NAE_ERA_R-1992_EV_Ehitusministeerium, lk 13
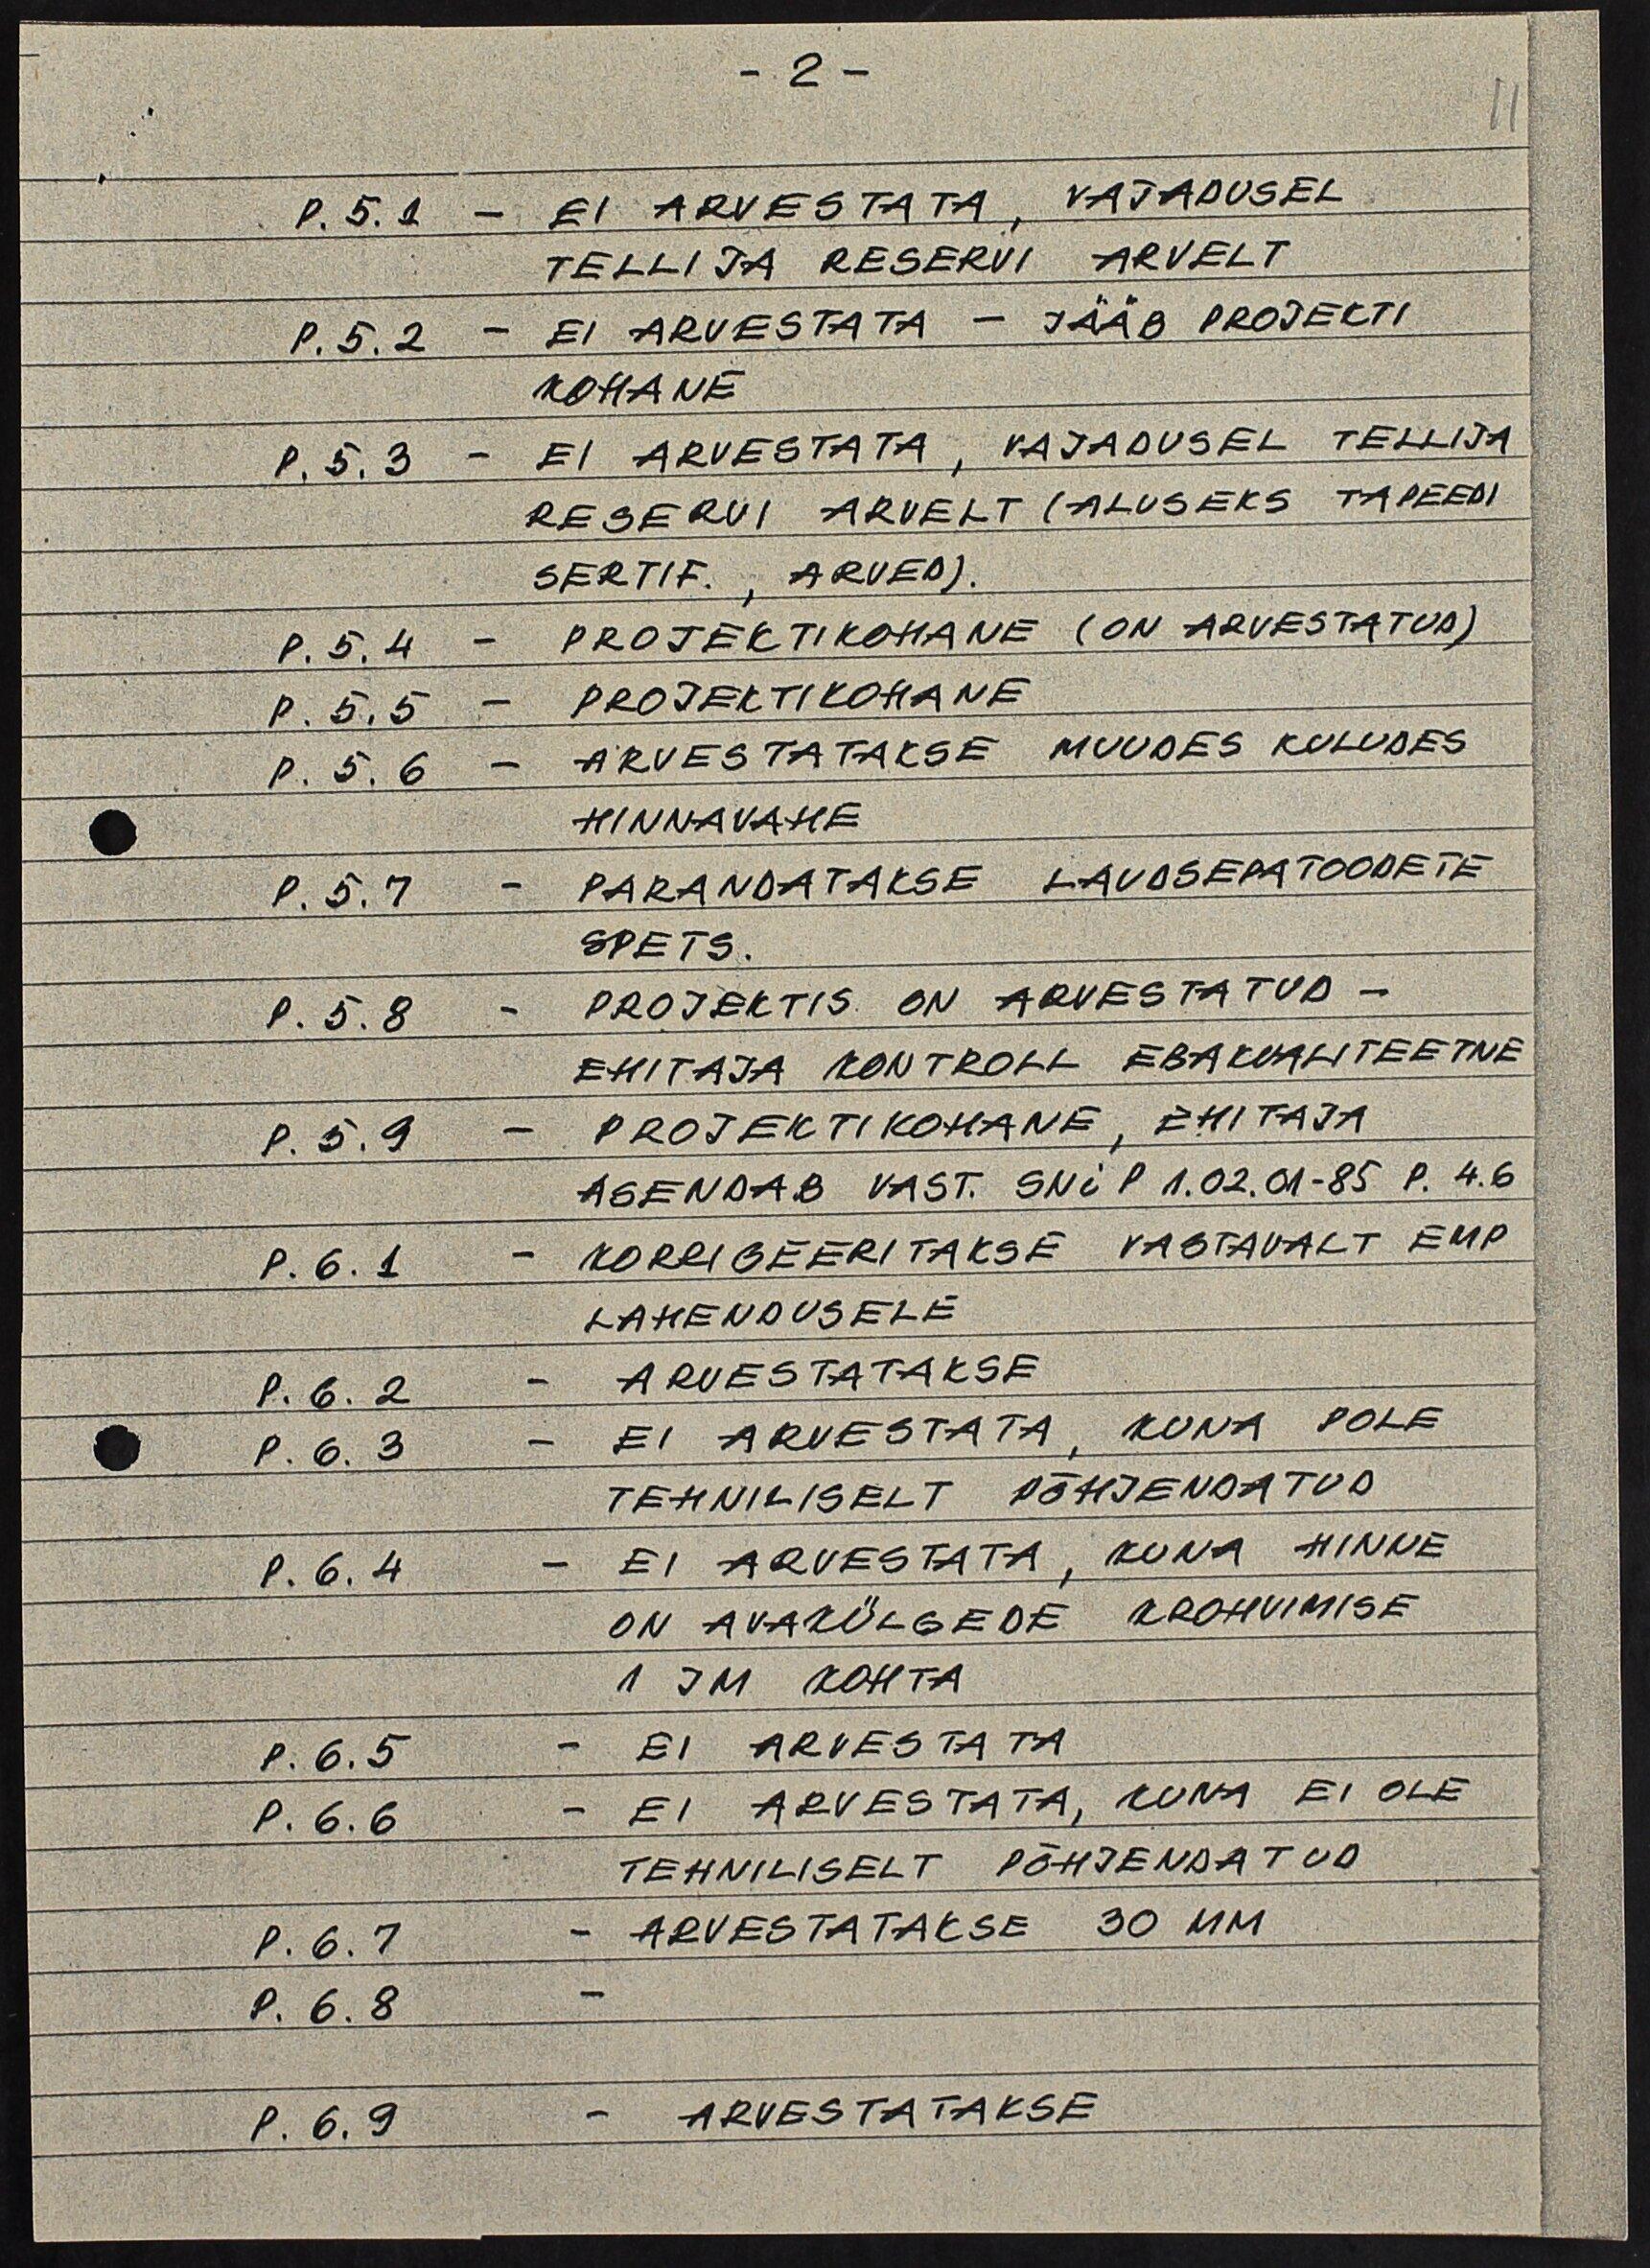
-2-
11
P.5.1 - EI ARVESTADA, VAJADUSEL
TELLIJA RESERVI ARVELT
P.5.2 - EI ARVESTATA - JÄÄB PROJEKTI
KOHANE
P.5.3 - EI ARVESTATA, VAJADUSEL TELLIJA
RESERVI ARVELT (ALUSEKS TAPEEDI
SERTIF., ARVED).
P.5.4 - PROJEKTIKOHANE (ON ARVESTATUD)
P.5.5 - PROJEKTIKOHANE
P.5.6 - ARVESTATAKSE MUUDES KULUDES
HINNAVAHE
P.5.7 - PARANDATAKSE LAUDSEPATOODETE
SPETS.
P.5.8 - PROJEKTIS ON ARVESTATUD -
EHITAJA KONTROLL EBAKVALITEETNE
P.5.9 - PROJEKTIKOHANE, EHITAJA
ASENDAB VAST. SNi P 1.02.01-85 P. 4.6
P.6.1 - KORRIGEERITAKSE VASTAVALT EMP
LAHENDUSELE
P.6.2 - ARVESTATAKSE
P.6.3 - EI ARVESTATA, KUNA POLE
TEHNILISELT PÕHJENDATUD
P.6.4 - EI ARVESTATA, KUNA HINNE
ON AVAKÜLGEDE KROHVIMISE
1 JM KOHTA
P.6.5 - EI ARVESTATA
P.6.6 - EI ARVESTATA, KUNA EI OLE
TEHNILISELT PÕHJENDATUD
P.6.7 - ARVESTATAKSE 30 MM
P.6.8 -
P.6.9 - ARVESTATAKSE